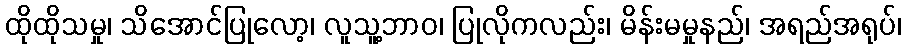
ထိုထိုသမှု၊ သိအောင်ပြုလော့၊ လူသူ့ဘာဝ၊ ပြုလိုကလည်း၊ မိန်းမမှုနည်၊ အရည်အရုပ်၊